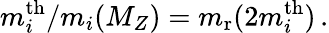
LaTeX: m_{i}^{\mathrm{th}}/m_{i}(M_{{Z}})=m_{\mathrm{r}}(2m_{i}^{\mathrm{th}})\, .